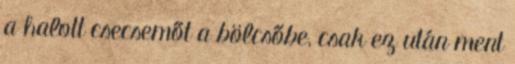
a halott csecsemőt a bölcsőbe, csak ez után ment